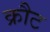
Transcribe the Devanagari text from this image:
क्रौट